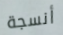
أنسجة